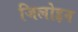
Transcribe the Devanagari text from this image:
जिलोइन